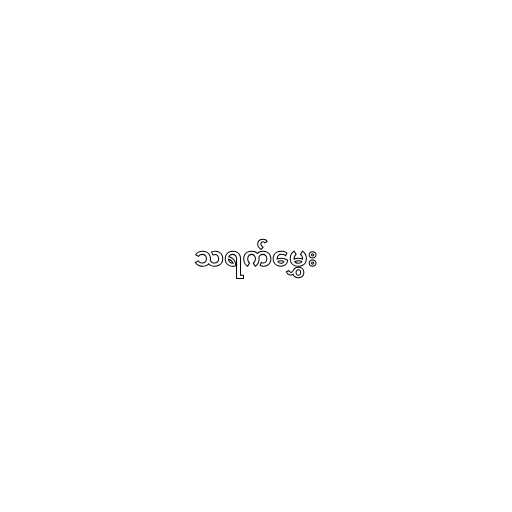
သရက်မွှေး